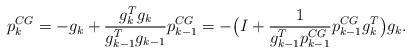
LaTeX: \begin{align*}p_k^{CG} =- g_k +\frac{g_k^T g_k}{g_{k-1}^Tg_{k-1}}p_{k-1}^{CG}= -\big(I+\frac{1}{g_{k-1}^T p_{k-1}^{CG}}p_{k-1}^{CG} g_k^T\big)g_k.\end{align*}